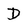
Character: D